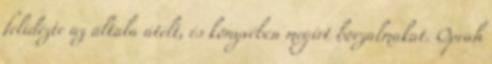
felidézte az általa átélt, és könyvében megírt borzalmakat. Oprah